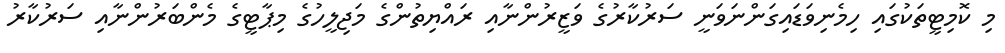
މި ކޮމިޓީތަކުގައި ހިމެނިވަޑައިގަންނަވަނީ ސަރުކާރުގެ ވަޒީރުންނާއި ރައްޔިތުންގެ މަޖިލީހުގެ މިޕާޓީގެ މެންބަރުންނާއި ސަރުކާރު